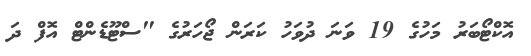
އޮކްޓޯބަރު މަހުގެ 19 ވަނަ ދުވަހު ކަރަން ޖޯހަރުގެ "ސްޓޫޑެންޓް އޮފް ދަ